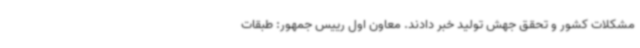
مشکلات کشور و تحقق جهش تولید خبر دادند. معاون اول رییس جمهور: طبقات